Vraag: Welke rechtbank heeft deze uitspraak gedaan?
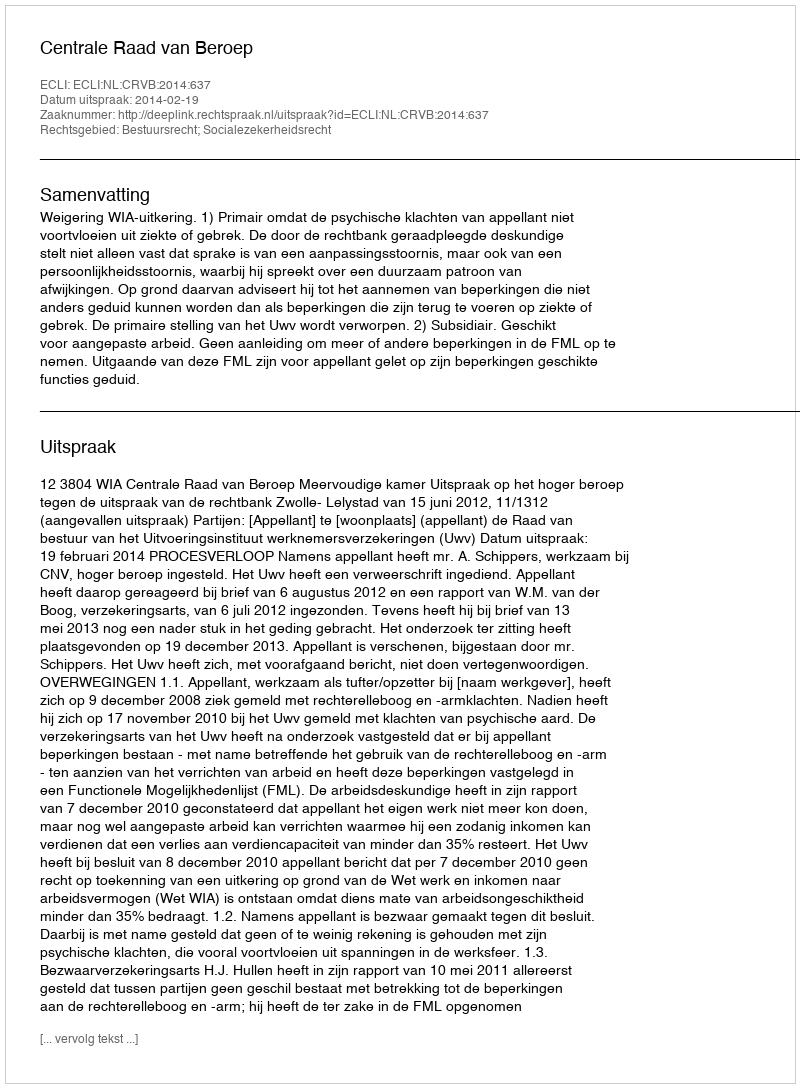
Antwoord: Centrale Raad van Beroep